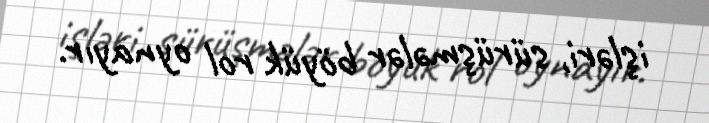
işləri, sürüşmələr böyük rol oynayır.